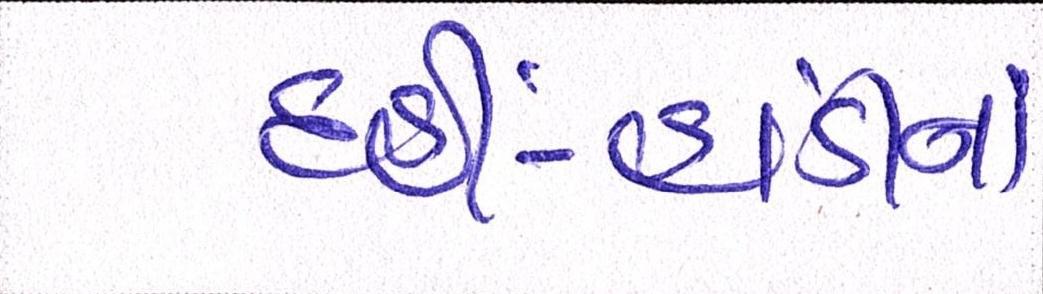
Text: દહીં-હાંડીનાં